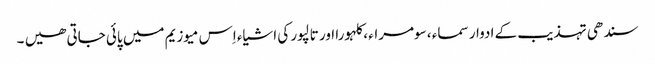
سندھی تہذیب کے ادوار سماء ، سومراء ، کلہورا اور تالپور کی اشیاء اِس میوزیم میں پائی جاتی ھیں ۔